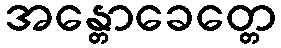
အန္တောခေတ္တေ